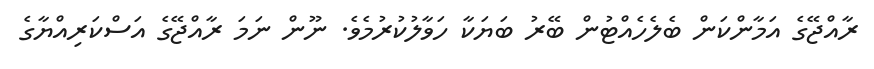
ރާއްޖޭގެ އަމާންކަން ބެލެހެއްޓުން ބޭރު ބަޔަކާ ހަވާލުކުރުމެވެ. ނޫން ނަމަ ރާއްޖޭގެ އަސްކަރިއްޔާގެ